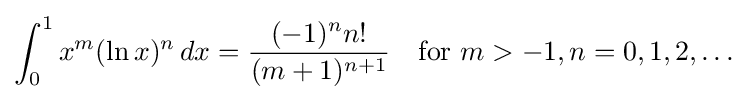
\int _{0}^{1}x^{m}(\ln x)^{n}\,dx={\frac {(-1)^{n}n!}{(m+1)^{n+1}}}\quad {\text{for }}m>-1,n=0,1,2,\ldots